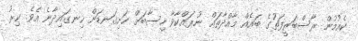
ކެއުމުން ރާސްބަރީފަތުގެ ބައެއް މާއްދާތައް ނުރައްކާވާ ހިސާބަށް ހަށިގަނޑަށް ހިނގައިދާނެ އެވެ. ކިރު